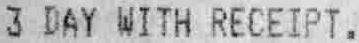
3 DAY WITH RECEIPT.